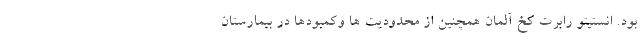
بود. انستیتو رابرت کخ آلمان همچنین از محدودیت ها وکمبودها در بیمارستان